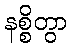
နစ္စိတွာ